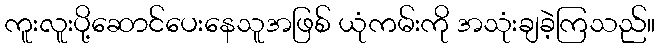
ကူးလူးပို့ဆောင်ပေးနေသူအဖြစ် ယုံကမ်းကို အသုံးချခဲ့ကြသည်။